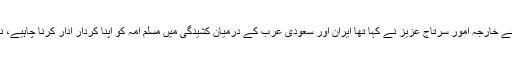
خیال رہے کہ گذشتہ روز لاہور میں میڈیا سے بات کرتے ہوئے وزیراعظم کے مشیر برائے خارجہ امُور سرتاج عزیز نے کہا تھا ایران اور سعودی عرب کے درمیان کشیدگی میں مسلم امہ کو اپنا کردار ادار کرنا چاہیے، نہیں تو دونوں ملکوں کے درمیان کشیدگی کا فائدہ دہشت گرد اور شدت پسند اُٹھا سکتے ہیں۔